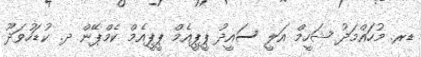
ޑރ. މުހައްމަދު ޝަހީމް އަލީ ސައީދު ޕީޕީއެމް ޕީޕީއެމް ކެމްޕޭން ދ. ކުޑަހުވަދޫ